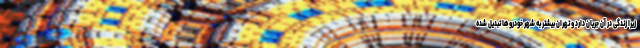
زیرا زندگی در آن جریان دارد و تهران بیشتر به شهر خودروها تبدیل شده